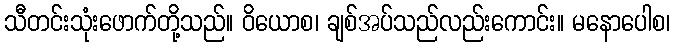
သီတင်းသုံးဖောက်တို့သည်။ ဝိယောစ၊ ချစ်အပ်သည်လည်းကောင်း။ မနောပေါစ၊